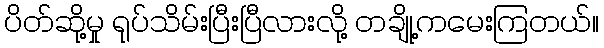
ပိတ်ဆို့မှု ရုပ်သိမ်းပြီးပြီလားလို့ တချို့ကမေးကြတယ်။